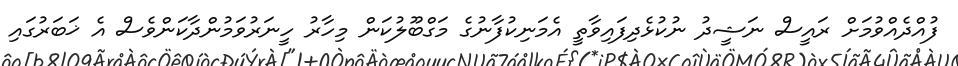
ފުއްދެއްވުމަށް ރައީސް ނަޝީދު ނުކުޅެދިފައިވާތީ އެމަނިކުފާނުގެ މަގްބޫލުކަން މިހާރު ހީނަރުވަމުންދާކަންވެސް އެ ޚަބަރުގައި